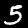
Label: 5